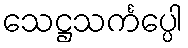
သေဋ္ဌသင်္ကပ္ပေါ